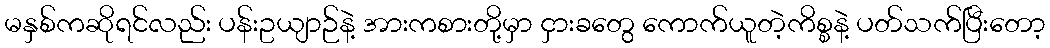
မနှစ်ကဆိုရင်လည်း ပန်းဥယျာဉ်နဲ့ အားကစားတို့မှာ ငှားခတွေ ကောက်ယူတဲ့ကိစ္စနဲ့ ပတ်သက်ပြီးတော့